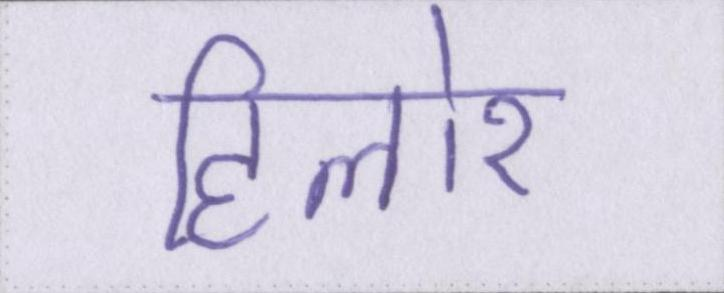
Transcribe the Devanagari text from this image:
हिलोर